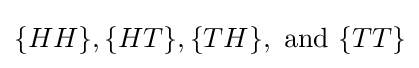
\{HH\},\{HT\},\{TH\},{\text{ and }}\{TT\}